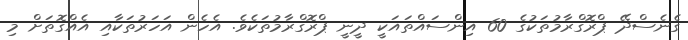
ގެނެސްދޭ ޕްރޮގްރާމުތަކުގެ 60 އިންސައްތައަކީ ދީީނީ ޕްރޮގްރާމުތަކެވެ. އެހެން އަހަރުތަކާއި އެއްގޮތަށް މި